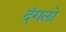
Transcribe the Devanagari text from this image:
दंगलो